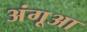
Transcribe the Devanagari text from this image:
अंगूआ